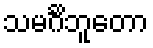
သမင်္ဂိဘူတော